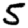
Digit: 5